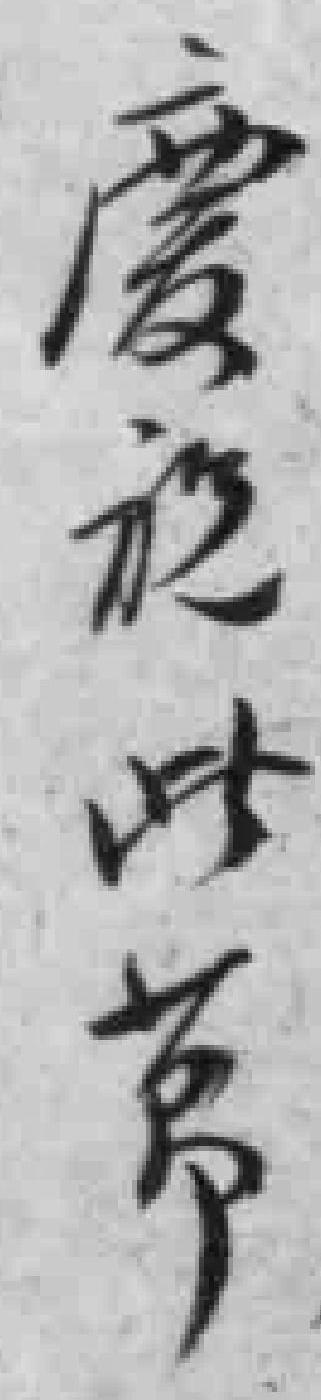
慶祝此英